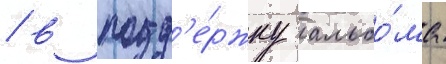
/ в подд'е́ржку альбо́ма